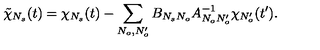
\tilde { \chi } _ { N _ { s } } ( t ) = \chi _ { N _ { s } } ( t ) - \sum _ { N _ { o } , N _ { o } ^ { \prime } } B _ { N _ { s } N _ { o } } A _ { N _ { o } N _ { o } ^ { \prime } } ^ { - 1 } \chi _ { N _ { o } ^ { \prime } } ( t ^ { \prime } ) .